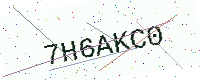
Text: 7H6AKC0